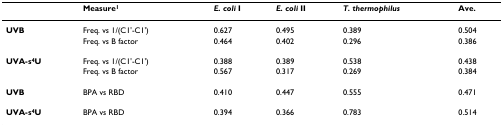
|  | Measure1 | E. coli I | E. coli II | T. thermophilus | Ave. |
 | --- | --- | --- | --- | --- | --- |
 | UVB | Freq. vs 1/(C1'-C1') | 0.627 | 0.495 | 0.389 | 0.504 |
 |  | Freq. vs B factor | 0.464 | 0.402 | 0.296 | 0.386 |
 | UVA-s4U | Freq. vs 1/(C1'-C1') | 0.388 | 0.389 | 0.538 | 0.438 |
 |  | Freq. vs B factor | 0.567 | 0.317 | 0.269 | 0.384 |
 | UVB | BPA vs RBD | 0.410 | 0.447 | 0.555 | 0.471 |
 | UVA-s4U | BPA vs RBD | 0.394 | 0.366 | 0.783 | 0.514 |